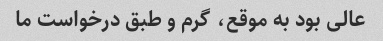
عالی بود به موقع، گرم و طبق درخواست ما